Vital statistics of India. Vol. V, Reports of 1876 on armies & jails and on epidemic cholera
Year: 1876
Disease focus: Cholera
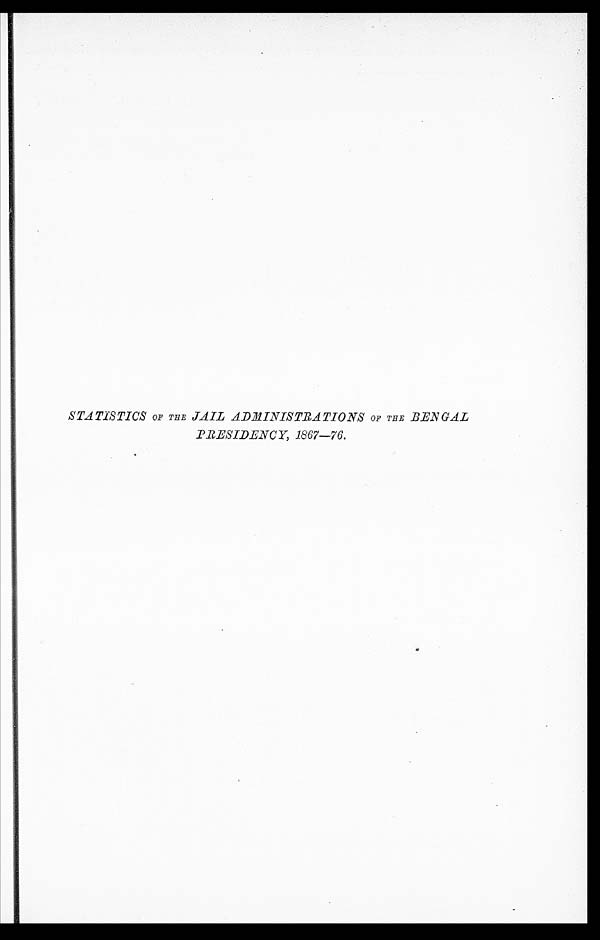
STATISTICS OF THE JAIL ADMINISTRATIONS OF THE BENGAL
PRESIDENCY, 1867—76.